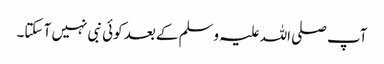
آپ صلی اللہ علیہ وسلم کے بعد کوئی نبی نہیں آ سکتا۔